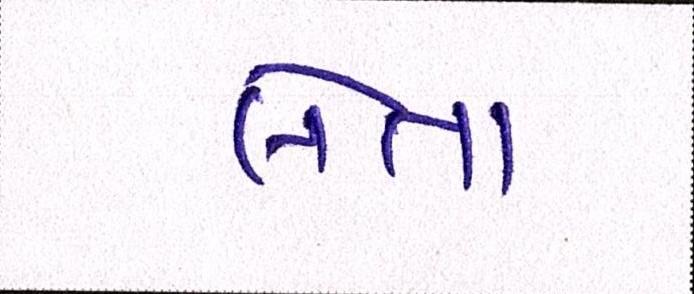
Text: લેતા